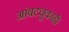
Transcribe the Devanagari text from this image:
आंबटचुकाही